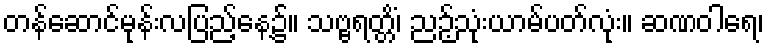
တန်ဆောင်မုန်းလပြည့်နေ့၌။ သဗ္ဗရတ္တိံ၊ ညဉ့်သုံးယာမ်ပတ်လုံး။ ဆဏဝါရေ၊